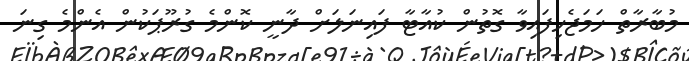
މުބާރާތް ހަމަޖެހިފައިވާ ގޮތުން ކުއާޓާ ފައިނަލަށް ދާނީ ކޮންމެ ގުރޫޕަކުން އެންމެ ގިނަ